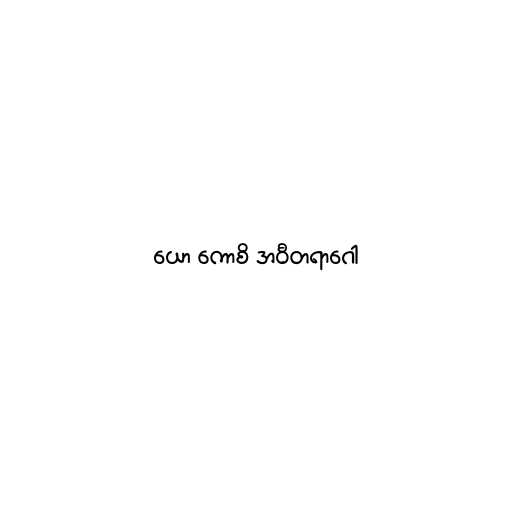
ယော ကောစိ အဝီတရာဂေါ